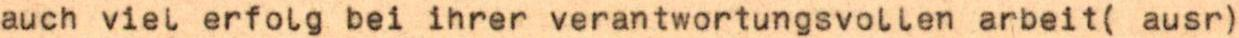
auch viel erfolg bei ihrer verantwortungsvollen arbeit( ausr)